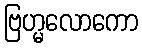
ဗြဟ္မလောကော